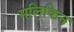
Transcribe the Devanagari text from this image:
मलिकिन